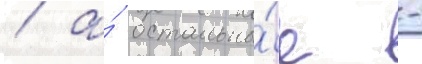
/ а́ остальны́е -